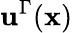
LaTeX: \mathbf{u}^{\Gamma}(\mathbf{x})